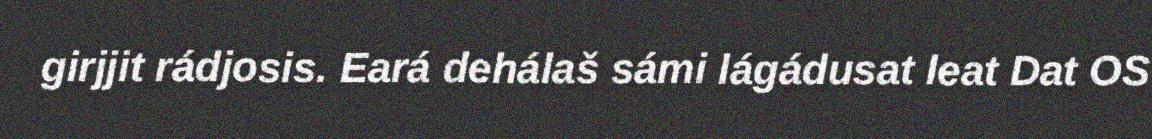
girjjit rádjosis. Eará dehálaš sámi lágádusat leat Dat OS